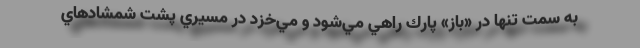
به سمت تنها در «باز» پارك راهي مي‌شود و مي‌خزد در مسيري پشت شمشادهاي